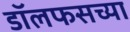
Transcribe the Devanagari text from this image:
डॉलफसच्या